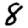
Digit: 8